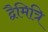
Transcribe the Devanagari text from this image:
द्वैमित्रि